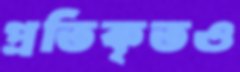
প্রতিকৃতও